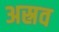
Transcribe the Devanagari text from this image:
अस्रव